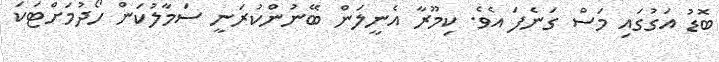
ބޮޑު އަގުގައި މަސް ގަނެފަ އެވެ. ކިމޫރާ އެނީލަން ބޭނުންކުރަނީ ސަމާލުކަން ހޯދުމަށްޓަކަ